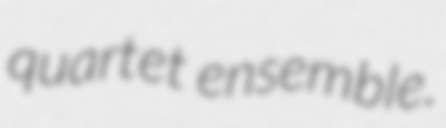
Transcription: quartet ensemble.